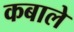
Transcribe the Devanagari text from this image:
कबाले